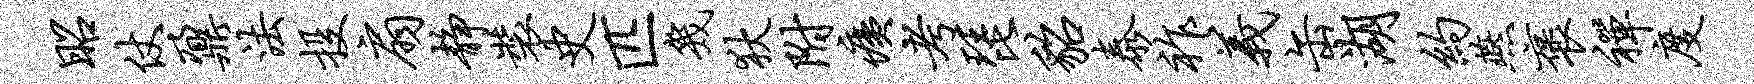
昭仗鼐法投扇静装史匹几狄附痍考琵貂泰祚义缶湖约燕褒禅度